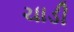
ચાડી